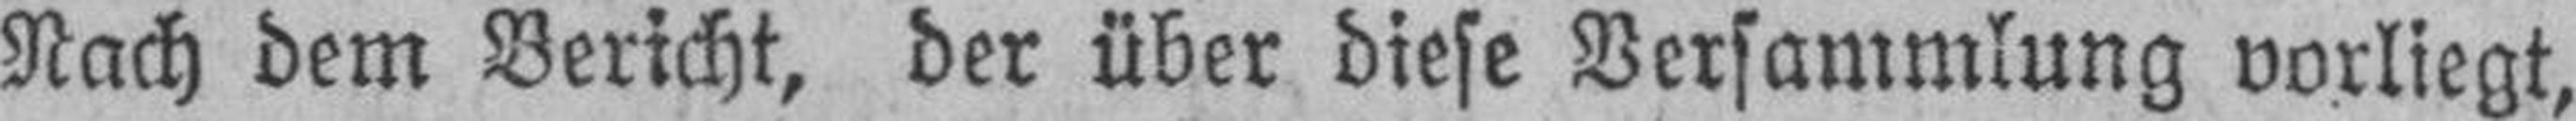
Nach dem Bericht, der über diese Versammlung vorliegt,